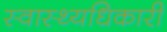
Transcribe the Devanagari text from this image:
स्वास्थ्यधिकारी